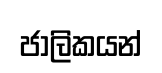
ජාලිකයන්